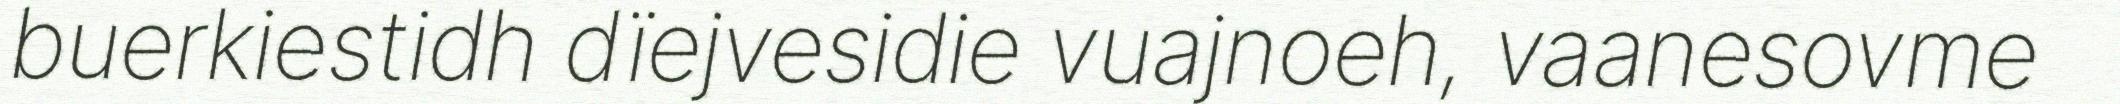
buerkiestidh dïejvesidie vuajnoeh, vaanesovme